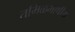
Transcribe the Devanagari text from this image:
तमिळभाषीय